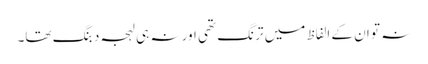
نہ تو ان کے الفاظ میں ترنگ تھی اور نہ ہی لہجہ دبنگ تھا۔